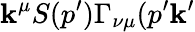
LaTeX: \mathbf{k}^{\mu}S(p^{\prime})\Gamma_{\nu\mu}(p^{\prime}\mathbf{k}^{\prime}